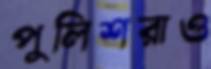
পুলিশরাও